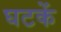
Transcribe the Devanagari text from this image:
घटकें